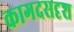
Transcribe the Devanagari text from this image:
कागदसदृश